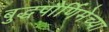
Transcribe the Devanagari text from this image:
बुद्धपौर्णिमेच्या